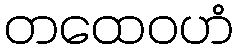
တထေဝဟံ